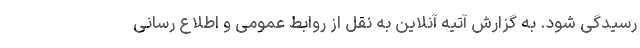
رسیدگی شود. به گزارش آتیه آنلاین به نقل از روابط عمومی و اطلاع رسانی